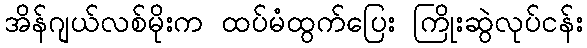
အိန်ဂျယ်လစ်မိုးက ထပ်မံထွက်ပြေး ကြိုးဆွဲလုပ်ငန်း